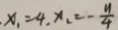
x _ { 1 } = 4 , x _ { 2 } = - \frac { 1 1 } { 4 }